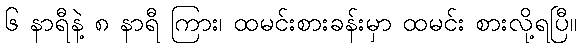
၆ နာရီနဲ့ ၈ နာရီ ကြား၊ ထမင်းစားခန်းမှာ ထမင်း စားလို့ရပြီ။